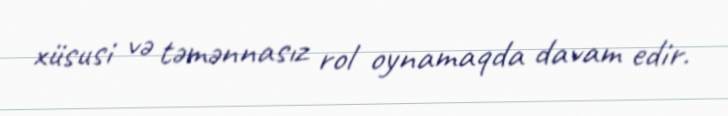
xüsusi və təmənnasız rol oynamaqda davam edir.